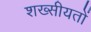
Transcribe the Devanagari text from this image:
शख्सीयतों